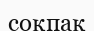
соқпақ